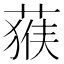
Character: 𱾅